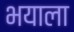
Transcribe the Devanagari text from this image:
भयाला